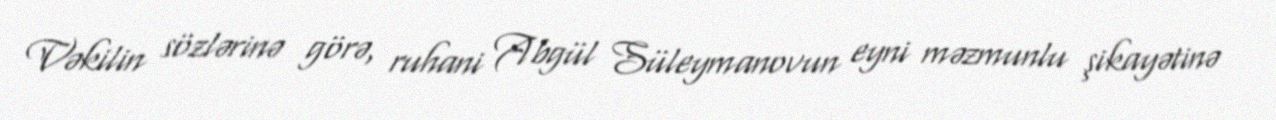
Vəkilin sözlərinə görə, ruhani Abgül Süleymanovun eyni məzmunlu şikayətinə